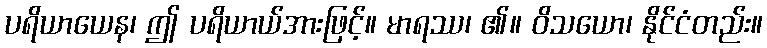
ပရိယာယေန၊ ဤ ပရိယာယ်အားဖြင့်။ မာရဿ၊ ၏။ ဝိသယော၊ နိုင်ငံတည်း။